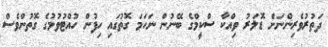
ދަތުރުވެރިންނަށް ޑޮލަރު ވިއްކާ ސްކީމްގެ ބޭނުން ނަހަމަ ގޮތުގައި ހިފުން ހުއްޓުވުމުގެ ގޮތުންވެސް